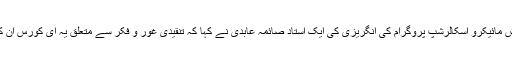
کراچی میں امریکی فنڈ سے ایوولوشن ایجوکیشنل آرگنائزیشن کے زیر انتظام چلنے والے انگلش مائیکرو اسکالرشپ پروگرام کی انگریزی کی ایک استاد صائمہ عابدی نے کہا کہ تنقیدی غور و فکر سے متعلق یہ ای کورس ان کے لئے اپنی تدریسی مہارتوں اور غور و فکر کی اہلیت کو بہتر بنانےکے لئے بہت مفید رہا۔